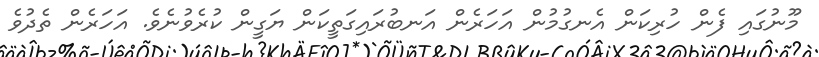
މޫނުގައި ފެން ހުރިކަން އެނގުމުން އަހަރެން އަނބުރައިގަތީކަން ޔަގީން ކުރެވުނެވެ. އަހަރެން ތެދުވެ